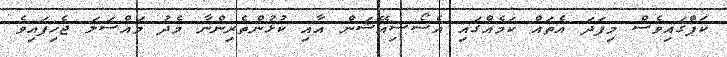
ކަޕްގައިވެސް މިފަދަ އެތައް ކަމެއްގައި އެސޯސިއޭޝަން އާއި ކުޅުންތެރިންނާ މެދު މައްސަލަ ޖެހިފައިވެ